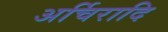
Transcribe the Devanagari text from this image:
अर्चिरादि